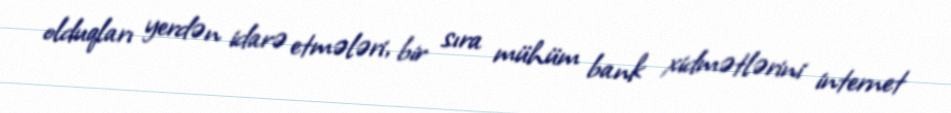
olduqları yerdən idarə etmələri, bir sıra mühüm bank xidmətlərini internet